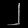
Digit: ၂